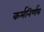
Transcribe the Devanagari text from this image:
कर्मनिर्णय